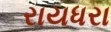
રાયધરા